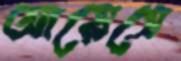
আয়েসে